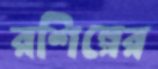
রশিল্পের